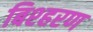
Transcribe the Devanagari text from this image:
बिश्हरण